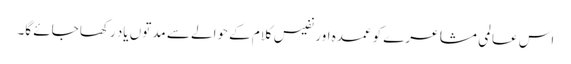
اس عالمی مشاعرے کو عمدہ اور نفیس کلام کے حوالے سے مدتوں یاد رکھا جائے گا۔